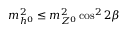
m _ { h ^ { 0 } } ^ { 2 } \leq m _ { Z ^ { 0 } } ^ { 2 } \cos ^ { 2 } 2 \beta